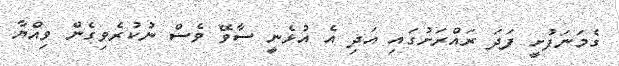
ގެމަނަފުށީ ފަދަ ރައްރަށުގައި އަދި އެ އުޅެނީ ސާވޭ ވެސް ނުކުރެވިގެން ވިއްޔާ